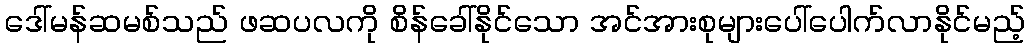
ဒေါ်မန်ဆမစ်သည် ဖဆပလကို စိန်ခေါ်နိုင်သော အင်အားစုများပေါ်ပေါက်လာနိုင်မည့်